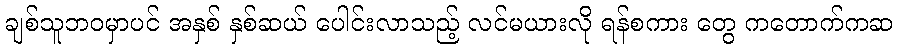
ချစ်သူဘဝမှာပင် အနှစ် နှစ်ဆယ် ပေါင်းလာသည့် လင်မယားလို ရန်စကား တွေ ကတောက်ကဆ